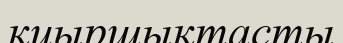
қиыршықтасты